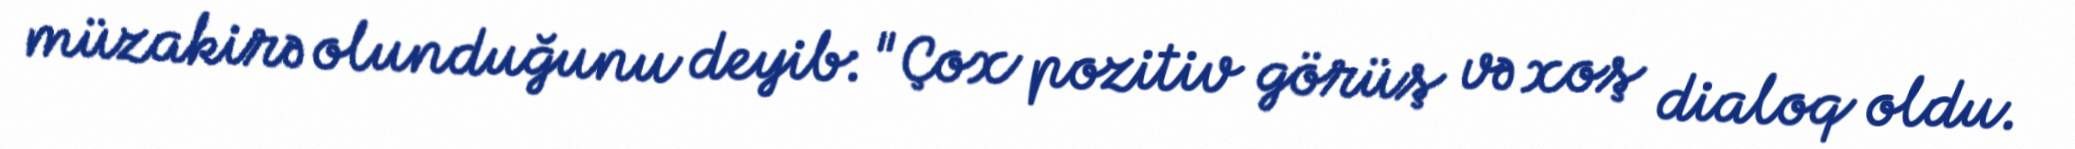
müzakirə olunduğunu deyib: "Çox pozitiv görüş və xoş dialoq oldu.